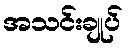
အသင်းချုပ်